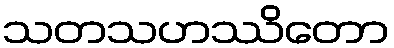
သတသဟဿိတော